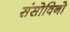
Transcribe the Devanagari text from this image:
संसोविनो